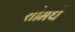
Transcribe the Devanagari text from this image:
शोमधे